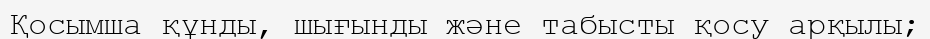
Қосымша құнды, шығынды және табысты қосу арқылы;